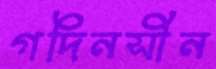
গদিনসীন